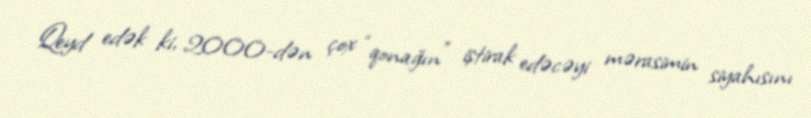
Qeyd edək ki, 2000-dən çox “qonağın” iştirak edəcəyi mərasimin siyahısını